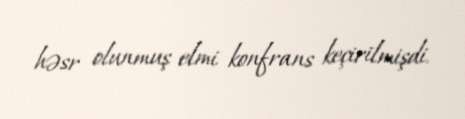
həsr olunmuş elmi konfrans keçirilmişdi.